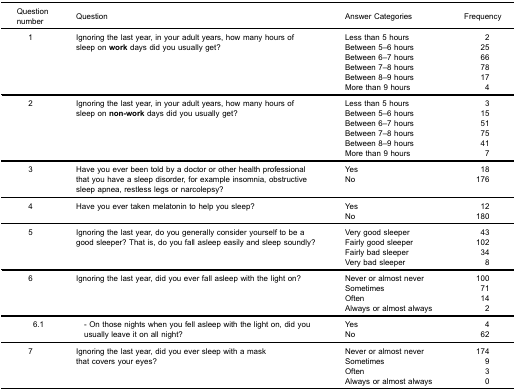
| Questionnumber | Question | Answer Categories | Frequency |
 | --- | --- | --- | --- |
 | 1 | Ignoring the last year, in your adult years, how many hours of sleep on work days did you usually get? | Less than 5 hoursBetween 5–6 hoursBetween 6–7 hoursBetween 7–8 hoursBetween 8–9 hoursMore than 9 hours | 2256678174 |
 | 2 | Ignoring the last year, in your adult years, how many hours of sleep on non-work days did you usually get? | Less than 5 hoursBetween 5–6 hoursBetween 6–7 hoursBetween 7–8 hoursBetween 8–9 hoursMore than 9 hours | 3155175417 |
 | 3 | Have you ever been told by a doctor or other health professional that you have a sleep disorder, for example insomnia, obstructive sleep apnea, restless legs or narcolepsy? | YesNo | 18176 |
 | 4 | Have you ever taken melatonin to help you sleep? | YesNo | 12180 |
 | 5 | Ignoring the last year, do you generally consider yourself to be a good sleeper? That is, do you fall asleep easily and sleep soundly? | Very good sleeperFairly good sleeperFairly bad sleeperVery bad sleeper | 43102348 |
 | 6 | Ignoring the last year, did you ever fall asleep with the light on? | Never or almost neverSometimesOftenAlways or almost always | 10071142 |
 | ​6.1 | ​ - On those nights when you fell asleep with the light on, did you ​ usually leave it on all night? | YesNo | 462 |
 | 7 | Ignoring the last year, did you ever sleep with a mask that covers your eyes? | Never or almost neverSometimesOftenAlways or almost always | 174930 |